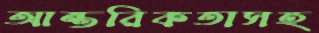
আন্তরিকতাসহ